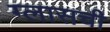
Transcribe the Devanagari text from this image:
ग्लासची